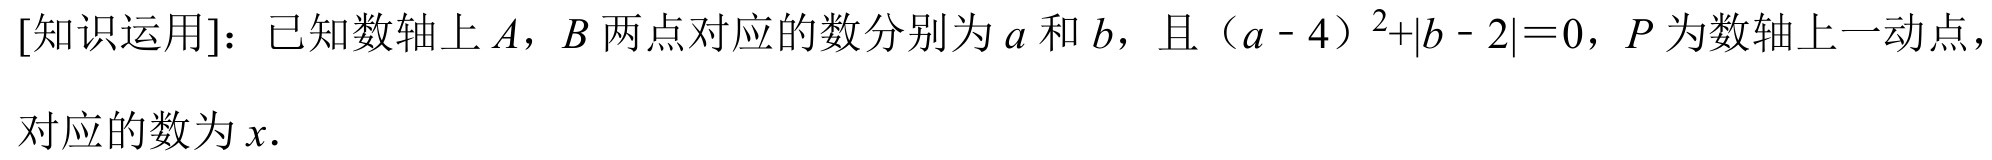
[知识运用]：已知数轴上\(A\)，\(B\)两点对应的数分别为\(a\)和\(b\)，且\((a - 4)^{2}+|b - 2| = 0\)，\(P\)为数轴上一动点，对应的数为\(x\).